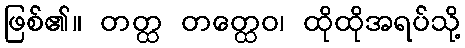
ဖြစ်၏။ တတ္ထ တတ္ထေဝ၊ ထိုထိုအရပ်သို့